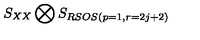
S _ { X X } \bigotimes S _ { R S O S ( p = 1 , r = 2 j + 2 ) }